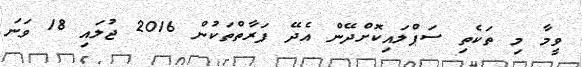
ވީމާ މި ތަކެތި ސަޕްލައިކޮށްދޭން އެދޭ ފަރާތްތަކުން 2016 ޖުލައި 18 ވަނަ